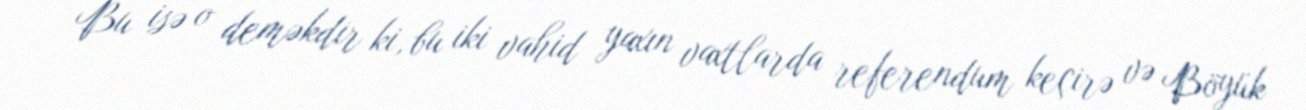
Bu isə o deməkdir ki, bu iki vahid yaxın vaxtlarda referendum keçirə və Böyük